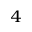
_ 4